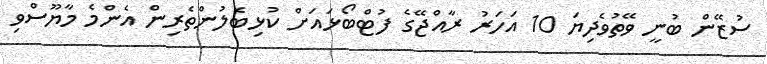
ސުޒޭން ބުނީ ވޭތުވެދިޔަ 10 އަހަރު ރާއްޖޭގެ ފުޓްބޯޅައަށް ކުޅިބެލުންތެރިން އެންމެ މާޔޫސްވި